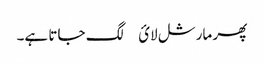
پھر مارشل لائ￿ لگ جاتا ہے۔